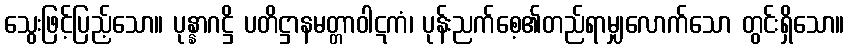
သွေးဖြင့်ပြည့်သော။ ပုန္နာဂဋ္ဌိ ပတိဋ္ဌာနမတ္တာဝါဋကံ၊ ပုန်းညက်စေ့၏တည်ရာမျှလောက်သော တွင်းရှိသော။